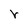
Character: r